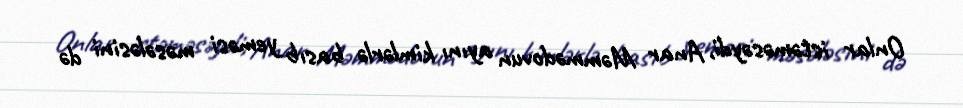
Onlar istəməsəydi, Anar Məmmədovun ayını kimlərlə basıb yeməsi məsələsini də